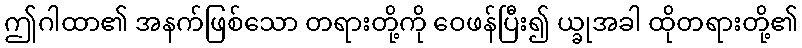
ဤဂါထာ၏ အနက်ဖြစ်သော တရားတို့ကို ဝေဖန်ပြီး၍ ယ္ခုအခါ ထိုတရားတို့၏